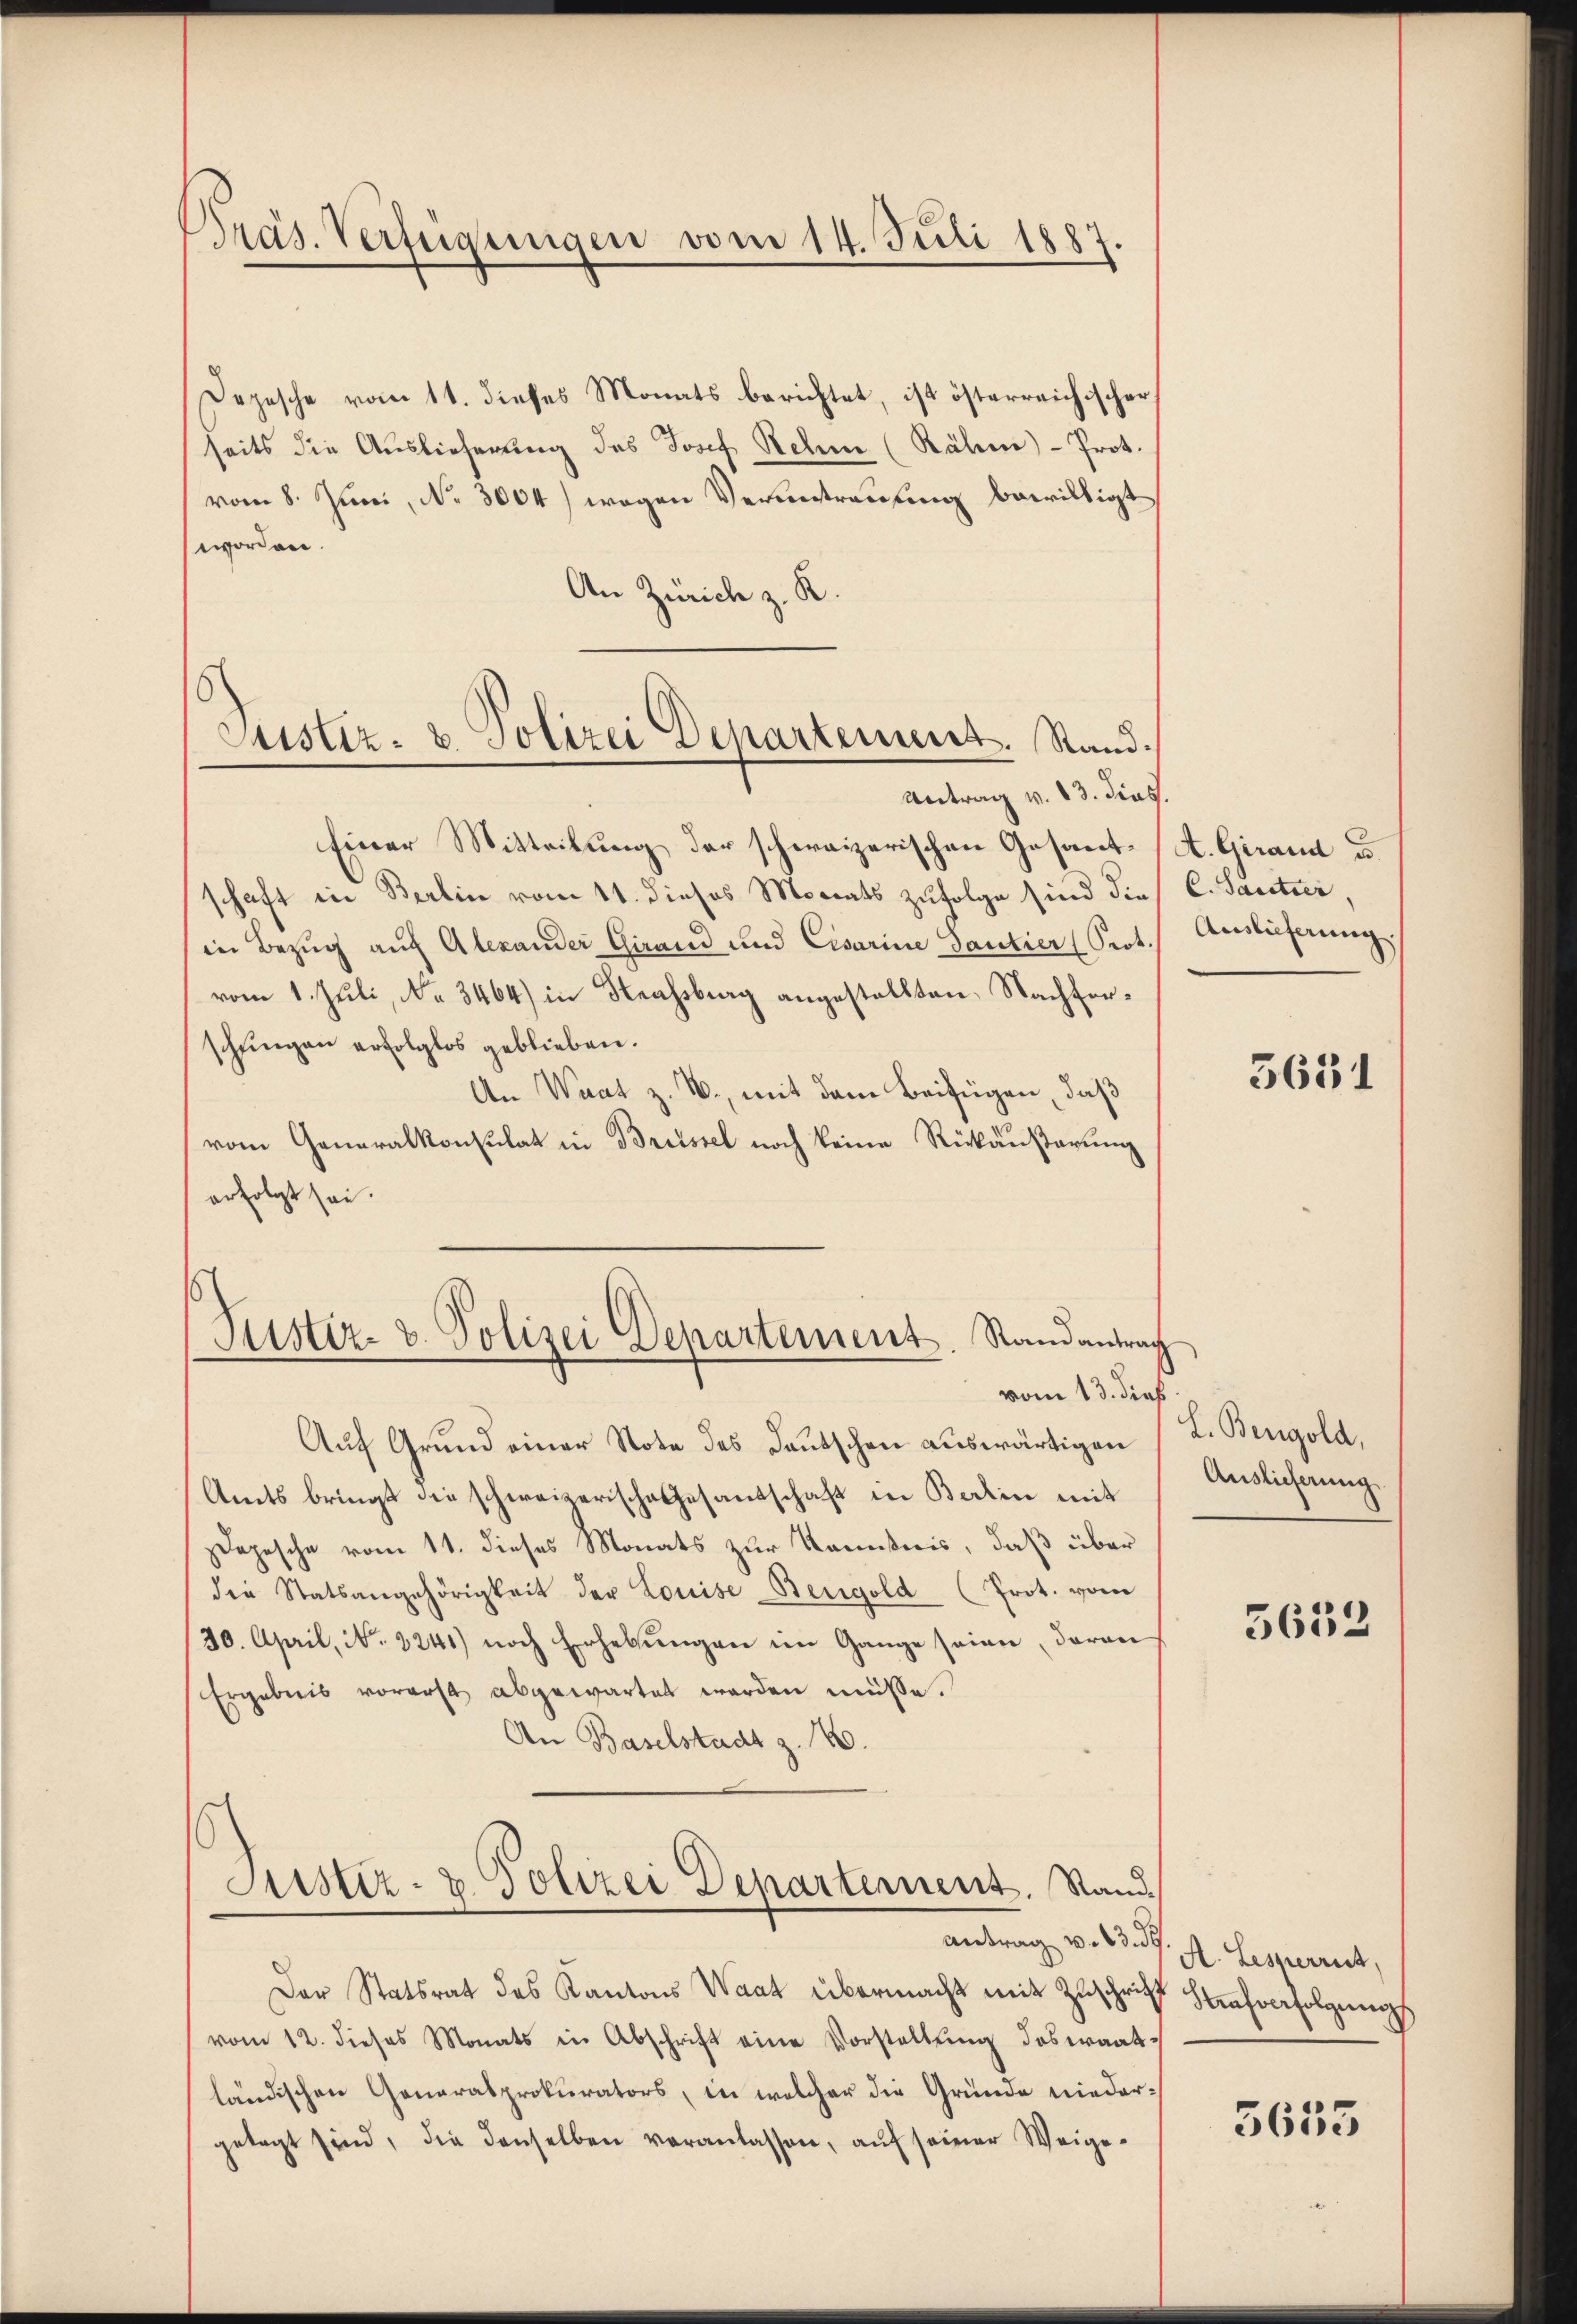
Präs. Verfügungen vom 14. Juli 1887.

Depesche vom 11. dieses Monats berichtet, ist österreichischer
seits die Auslieferung des Josef Rehm (Rähm)- Prot.
vom 8. Juni, No. 3004) wegen Verantrauung bewilligt
worden.
An Zürich z. R.
Antrag v. 13. dies.
Einer Mitteilung der schweizerischen Gesandschaft in Berlin vom 11. dieses Monats zufolge sind dies C. Santier,
in Bezug auf Alexander Girand und Cesarine Dantier (Prot.
vom 1. Juli, No 3464) in Neahsbrag angestellten, Nachforschungen erfolglos geblieben.
An Waat z. B., mit dem Beifügen, daß
vom Generalkonsulat in Brüssel noch keine Rückäußerung
erfolgt sei.
Justiz- & Polizei Departement. Randantrag
vom 13. dieß
Auf Grund einer Note des Deutschen auswärtigen
Amts bringt die schweizerische Gesandschaft in Berlin mit
depesche vom 11. dieses Monats zur Kenntnis, daß über
die Statsangehörigkeit der Louise Bengold (Prot. vom
30. April, No. 2241) noch Erhebungen im Gange seien, daran
Ergebnis vorerst abgewartet werden müsse.
An Baselstadt z. B.
Justiz- u. Polizei Departement. Stand.
Antrag v. 23. d. M. Lesperrut,
Der Statsrat des Kantons Waat übermacht mit Zŭschrift Hausverfolgung
vom 12. dieses Monats in Abschrift eine Vorstellŭng deswaatländischen Generalprokurators, in welcher die Gründe niedergetagt sind, die denselben veranlassen, aŭf seiner Weige-

Custiz- & Polizei Departement. Stand.

A. Girand u.
Auslieferung.

3631

L. Bengold,
Auslieferung

5632

5655